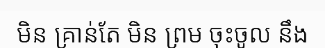
មិន គ្រាន់តែ មិន ព្រម ចុះចូល នឹង